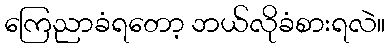
ကြေညာခံရတော့ ဘယ်လိုခံစားရလဲ။